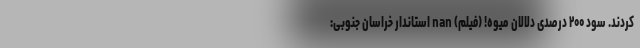
کردند. سود ۲۰۰ درصدی دلالان میوه! (فیلم) nan استاندار خراسان جنوبی: